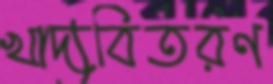
খাদ্যবিতরণ